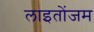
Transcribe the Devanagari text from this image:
लाइतोंजम